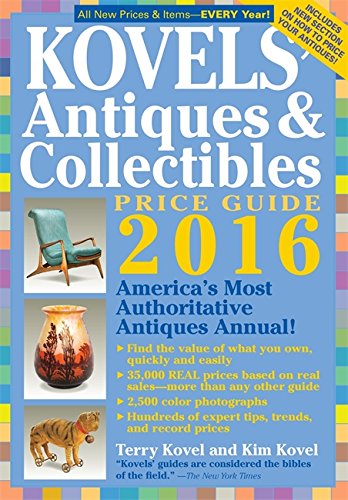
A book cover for Kovels' Antiques & Collectibles Price Guide 2016 (Kovels' Antiques and Collectibles Price Guide); Terry Kovel; Humor & Entertainment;